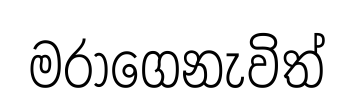
මරාගෙනැවිත්